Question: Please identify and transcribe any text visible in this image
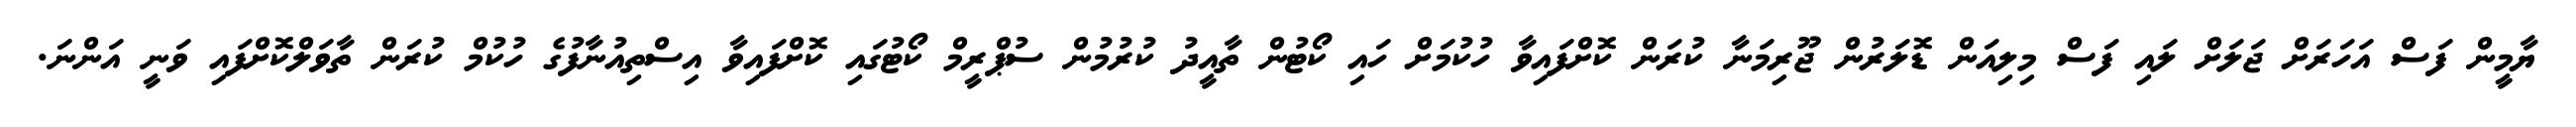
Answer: ޔާމީން ފަސް އަހަރަށް ޖަލަށް ލައި ފަސް މިލިއަން ޑޮލަރުން ޖޫރިމަނާ ކުރަން ކޮށްފައިވާ ހުކުމަށް ހައި ކޯޓުން ތާއީދު ކުރުމުން ސުޕްރީމް ކޯޓުގައި ކޮށްފައިވާ އިސްތިއުނާފުގެ ހުކުމް ކުރަން ތާވަލްކޮށްފައި ވަނީ އަންނަ.